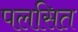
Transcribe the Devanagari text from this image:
पलसित